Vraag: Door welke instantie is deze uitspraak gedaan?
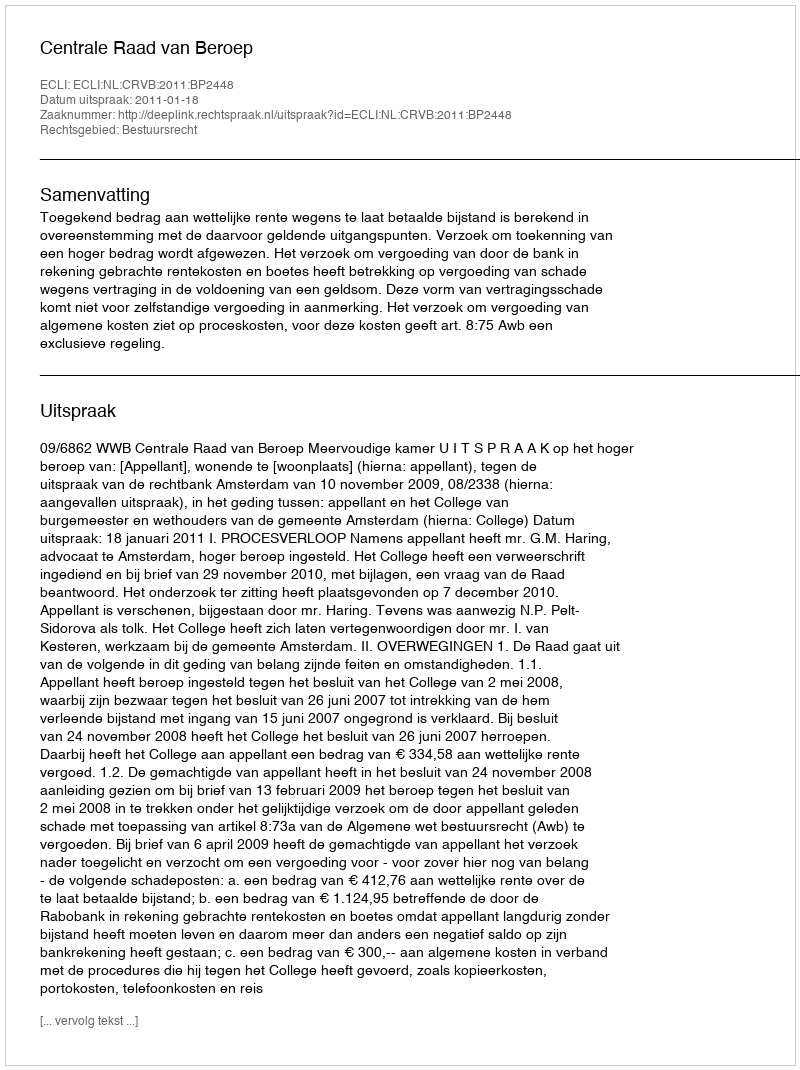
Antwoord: Centrale Raad van Beroep